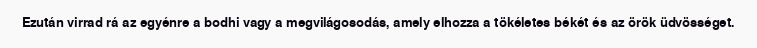
Ezután virrad rá az egyénre a bodhi vagy a megvilágosodás, amely elhozza a tökéletes békét és az örök üdvösséget.